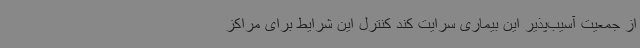
از جمعیت آسیب‌پذیر این بیماری سرایت کند کنترل این شرایط برای مراکز